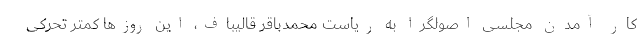
كار آمدن مجلسی اصولگرا به ریاست محمدباقر قالیباف، این روزها كمتر تحركی